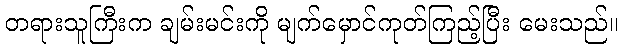
တရားသူကြီးက ချမ်းမင်းကို မျက်မှောင်ကုတ်ကြည့်ပြီး မေးသည်။